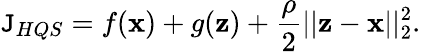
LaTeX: \mathtt{J}_{HQS}=f(\textbf{{x}})+g(\textbf{{z}})+\frac{{\rho}}{{2}}||\textbf{{z}}-\textbf{{x}}||_{2}^{2}.